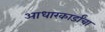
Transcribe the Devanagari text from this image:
आधारकार्डांचा